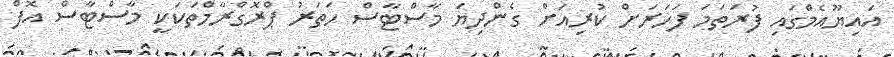
އައިޔޫއެމްގައި ފުރަތަމަ ފަހަރަށް ކުރިއަށް ގެންދިޔަ މާސްޓާސް ހަތަރު ޕްރޮގްރާމްތަކަކީ މާސްޓާސް އޮފް